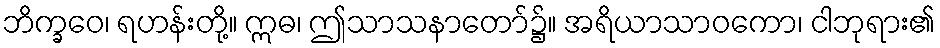
ဘိက္ခဝေ၊ ရဟန်းတို့။ ဣဓ၊ ဤသာသနာတော်၌။ အရိယာသာဝကော၊ ငါဘုရား၏